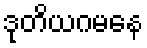
ဒုတိယဂမနေ